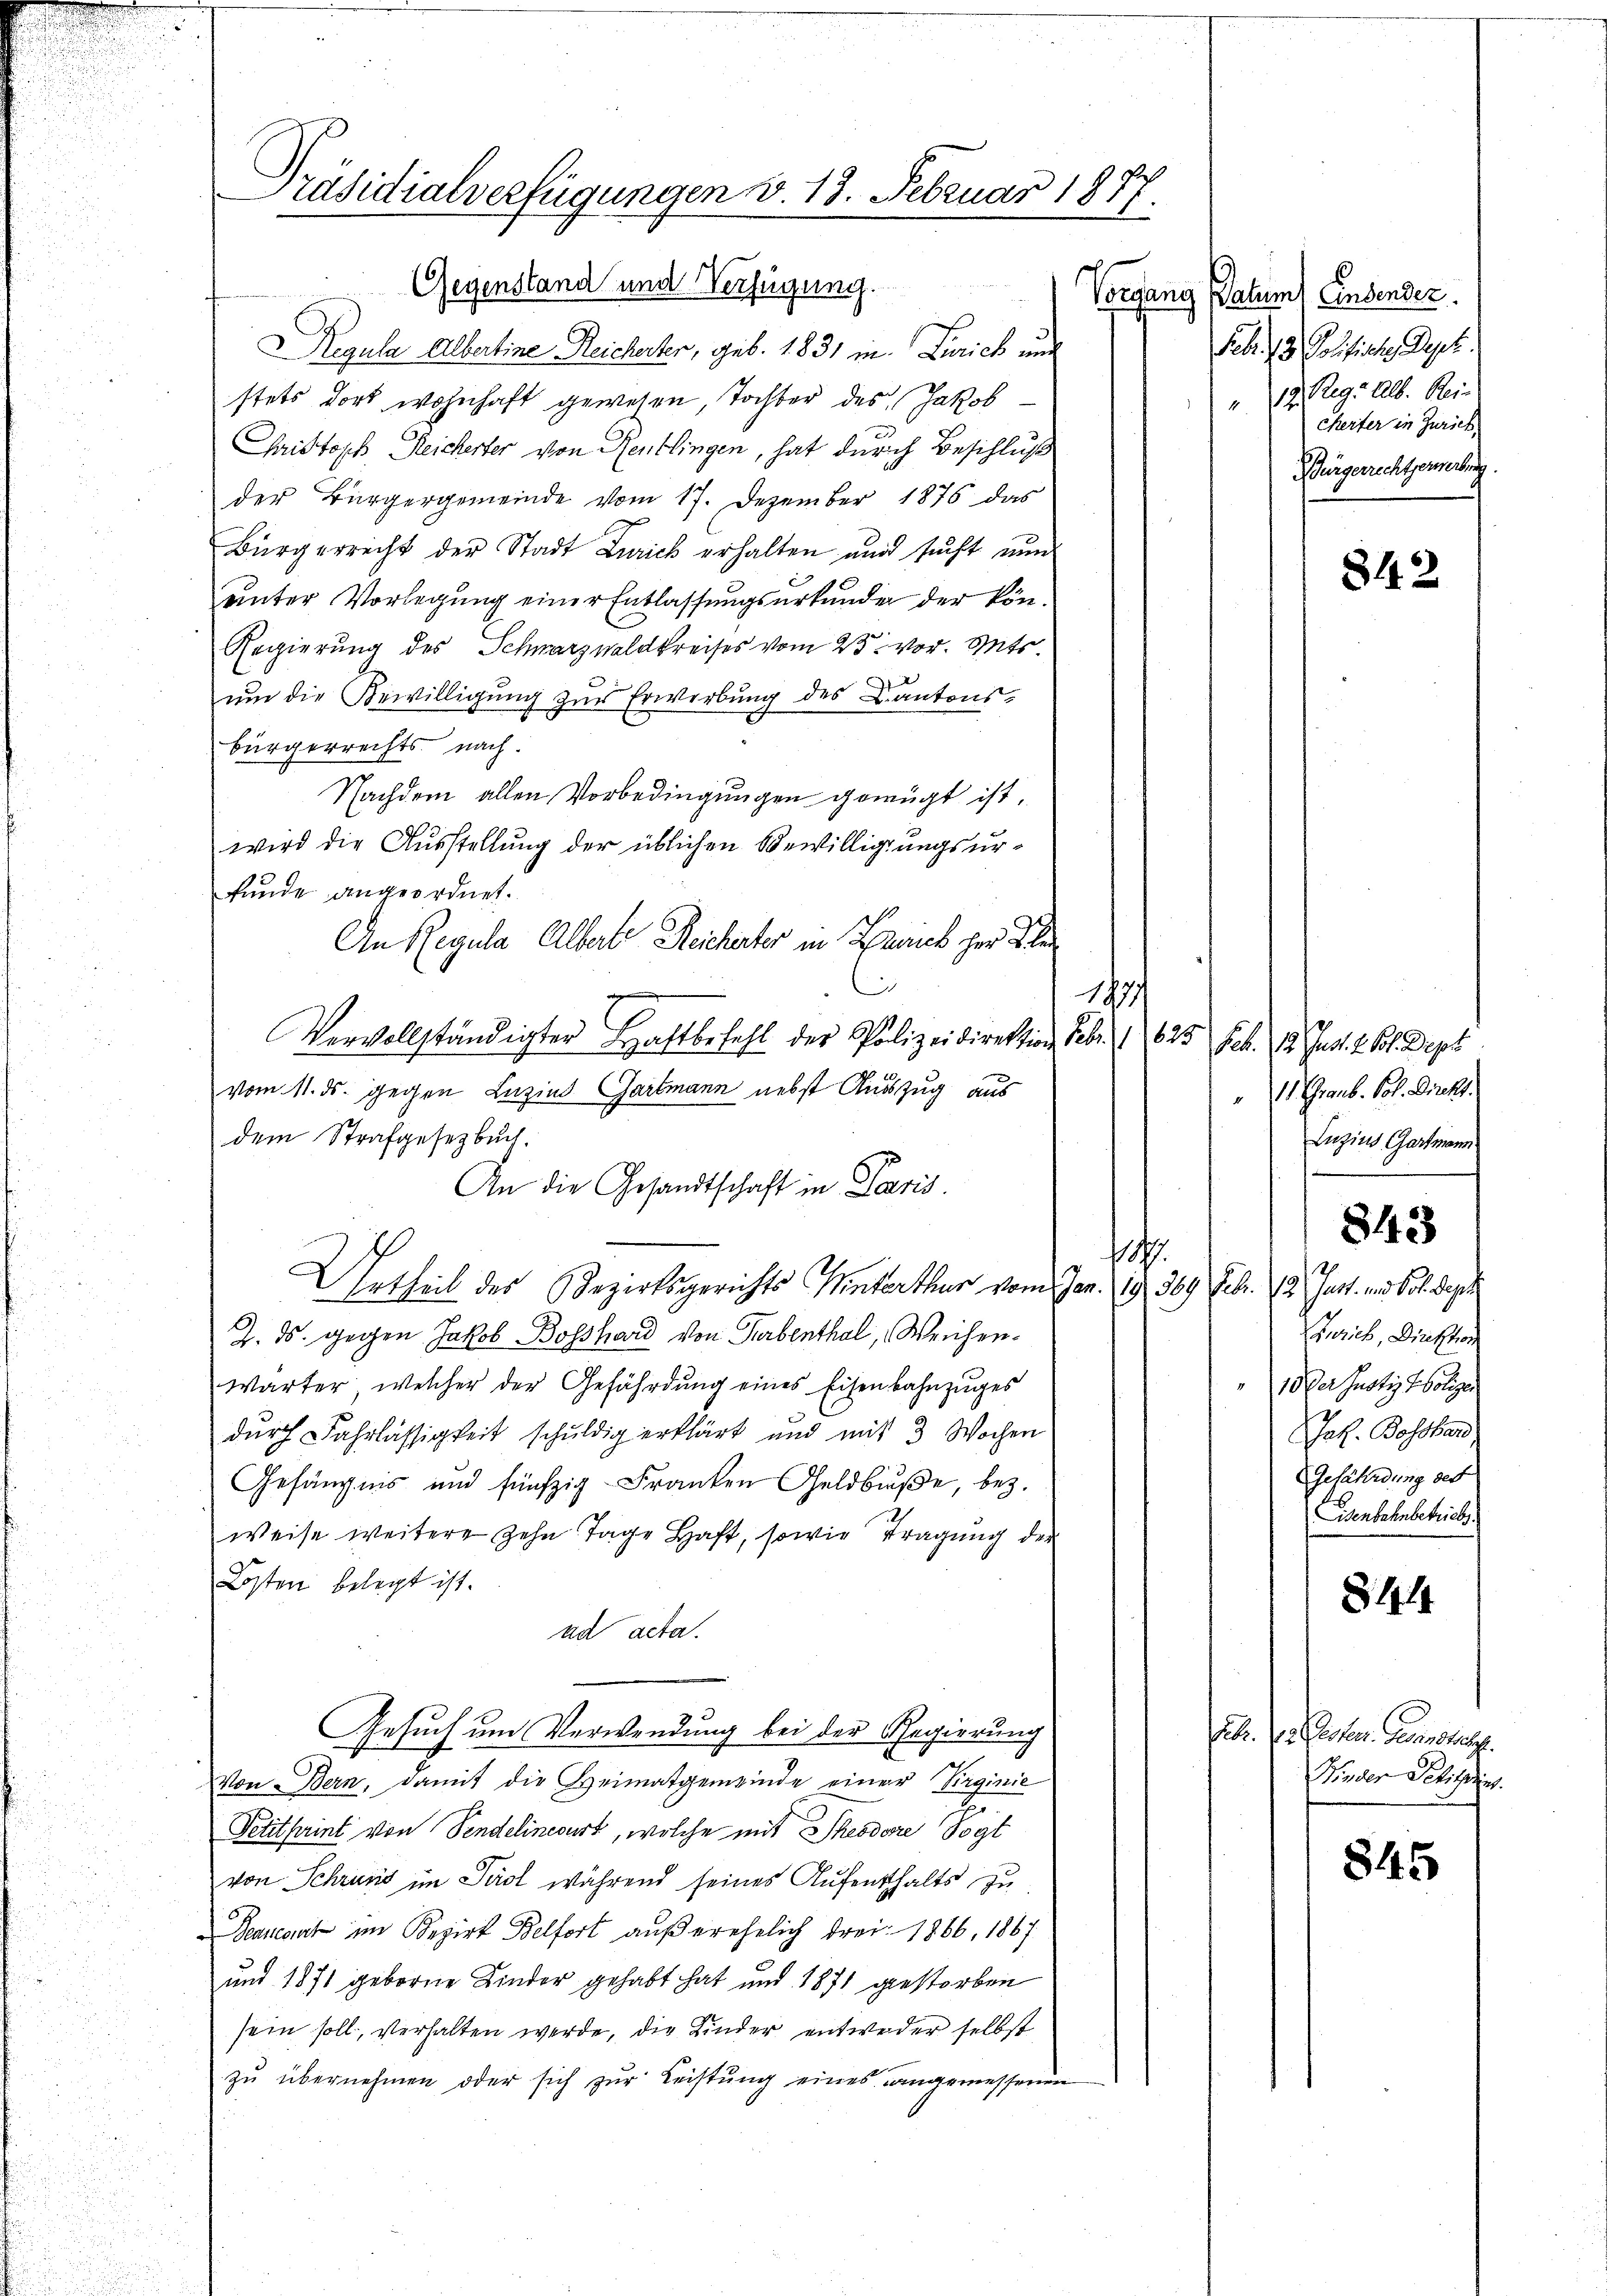
7

Gegenstand und Verfügung.
Regula Albertine Reicherter, geb. 1831 in Zürich und
stets dort wohnhaft gewesen, Tochter des Jakob
Christoph Reicherter von Reutlingen, hat durch Beschluß
der Bürgergemeinde vom 17. Dezember 1876 das
Bürgerrecht der Stadt Zürich erhalten und sucht nun
unter Vorlegung einer Entlassungsurkunde der kön¬
Regierung des Schwarzwaldkreises vom 23. vor. Mts.
um die Bewilligung zur Erwerbung des Kantons¬
Bürgerrechts nach.
Nachdem allen Vorbedingungen genügt ist,
wird die Ausstellung der üblichen Bewilligungsurkunde angeordnet.
An Regula Alberte Reicherter in Zürich her Be
.
i
197/
Vervollständigter Haftbefehl der Polizeidirektion Febr. 1 625 Feb. 18. Just. 2. Bl. Dept
vom 11. ds. gegen Luzind Gartmann nebst Auszug aus
dem Strafgesetzbuch.
h
Urtheil des Bezirksgerichts Winterthur vom Jan. 19. 369 Febr. 12. Just. und Vol. Dep
Z. ds. gegen Jakob Boßhard von Turbenthal, Weichen¬
Wärter, welcher der Gefährdung eines Eisenbahnzuges
durch Fahrlässigkeit schuldig erklärt und mit 3 Wochen
Gefängnis und fünfzig-Franken Geldbuße, bez.
weise weitere zehn Tage Haft, sowie Tragung der
Kosten belegt ist.
ad acta.
Gesuch um Verwendung bei der Regierung
h
Von Bern, damit die Heimatgemeinde einer Virginie
Petitprint von Sendelinevurt, welche mit Theodore Vogt
von Schrung im Paol während seines Aufenthalts zu
Deancant im Bezirk Belfort außerehelich drei 1866, 1867
und 1871 geborne Kinder gehabt hat und 1871 gestorben
sein soll, verhalten werde, die Kinder entweder selbst
zu übernehmen oder sich zur Leistung eines angemessenen

Präsidialverfügungen v. 13. Februar 1877.

An die Gesandtschaft in Paris.

Vorgang Datum) Endender
Febr. 13. Soffiche Dept.
12. Reg. 216. Rein
cherter in Zürich
Bürgerrechtserwerbung

842

11 Graub. Pol. Direk
Luzius Gartmann

Zürich, Direktor
10. Der Justiz Polize
Joh. Bosshand
Gefährdung des
Eisenbahnbetrieb
81

843

Febr. die leisterr. Gesinstet.
Finder Petitins.

845